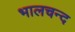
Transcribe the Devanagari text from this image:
भालचन्द